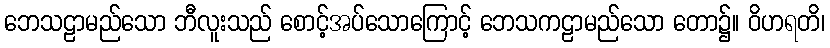
ဘေသဠာမည်သော ဘီလူးသည် စောင့်အပ်သောကြောင့် ဘေသကဠာမည်သော တော၌။ ဝိဟရတိ၊